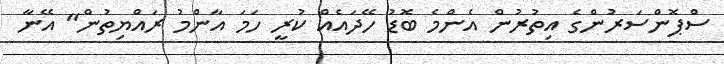
ސްޕޮންސަރުންގެ އިތުރުން އެންމެ ބޮޑު ހޭދައެއް ކުރީ ހަމަ އާންމު ރައްޔިތުން" އޭނާ